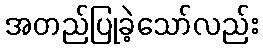
အတည်ပြုခဲ့သော်လည်း